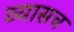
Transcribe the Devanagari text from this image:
व्यासच